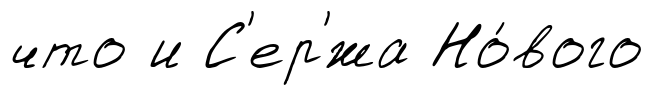
что и С'ер'́жа Но́вого